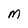
Character: M